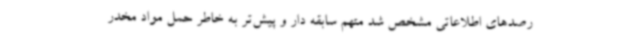
رصدهای اطلاعاتی مشخص شد متهم سابقه دار و پیش‌تر به خاطر حمل مواد مخدر